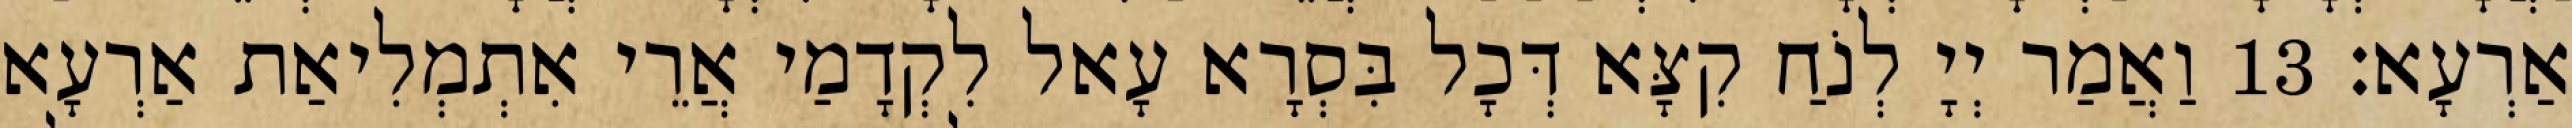
אַרְעָא׃ 13 וַאֲמַר יְיָ לְנֹחַ קִצָּא דְּכָל בִּסְרָא עָאל לִקְדָמַי אֲרֵי אִתְמְלִיאַת אַרְעָא